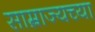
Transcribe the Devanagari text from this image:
साम्राज्यच्या